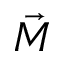
\vec { M }